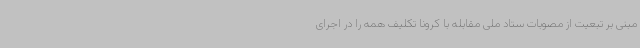
مبنی بر تبعیت از مصوبات ستاد ملی مقابله با کرونا تکلیف همه را در اجرای